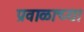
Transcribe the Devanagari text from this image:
प्रवाळाच्या